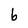
Character: b